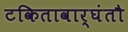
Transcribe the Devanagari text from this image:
टकितावार्घंतौ